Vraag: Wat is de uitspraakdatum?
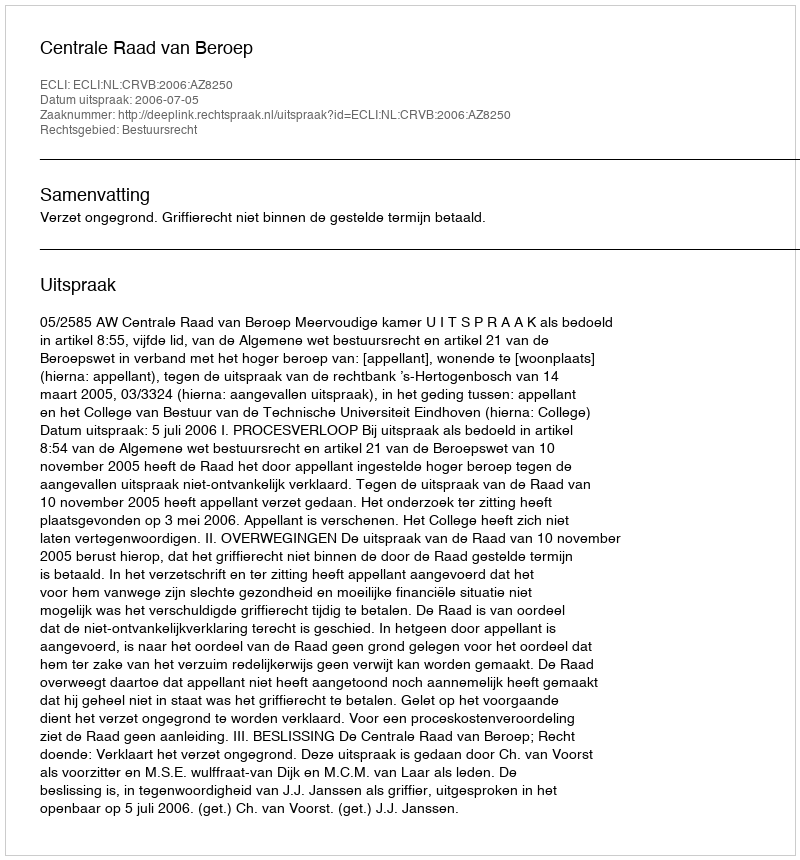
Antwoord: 2006-07-05